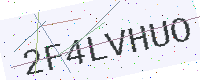
Text: 2F4LVHUO